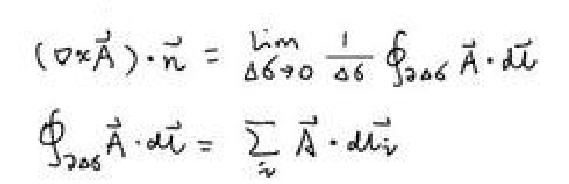
\[
(\nabla\times\vec{A})\cdot\vec{n}=\lim_{\Delta S\rightarrow0}\frac{1}{\Delta S}\oint_{\partial\Delta S}\vec{A}\cdot d\vec{l}
\]
\[
\oint_{\partial\Delta S}\vec{A}\cdot d\vec{l}=\sum_{i}\vec{A}\cdot d\vec{l}_{i}
\]